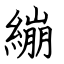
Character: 繃